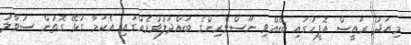
މިއަދު ރައީސް އޮފީހުގައި ބޭއްވި ނޫސްވެރިންގެ ބައްދަލުވުމެއްގައި އެކަމާ ގުޅޭ ގޮތުން ސުވާލު